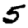
Digit: 5